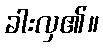
ခါးလှ၏။